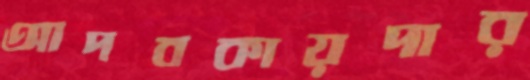
আদবকায়দার